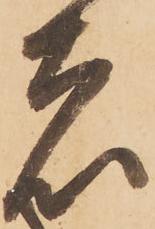
者